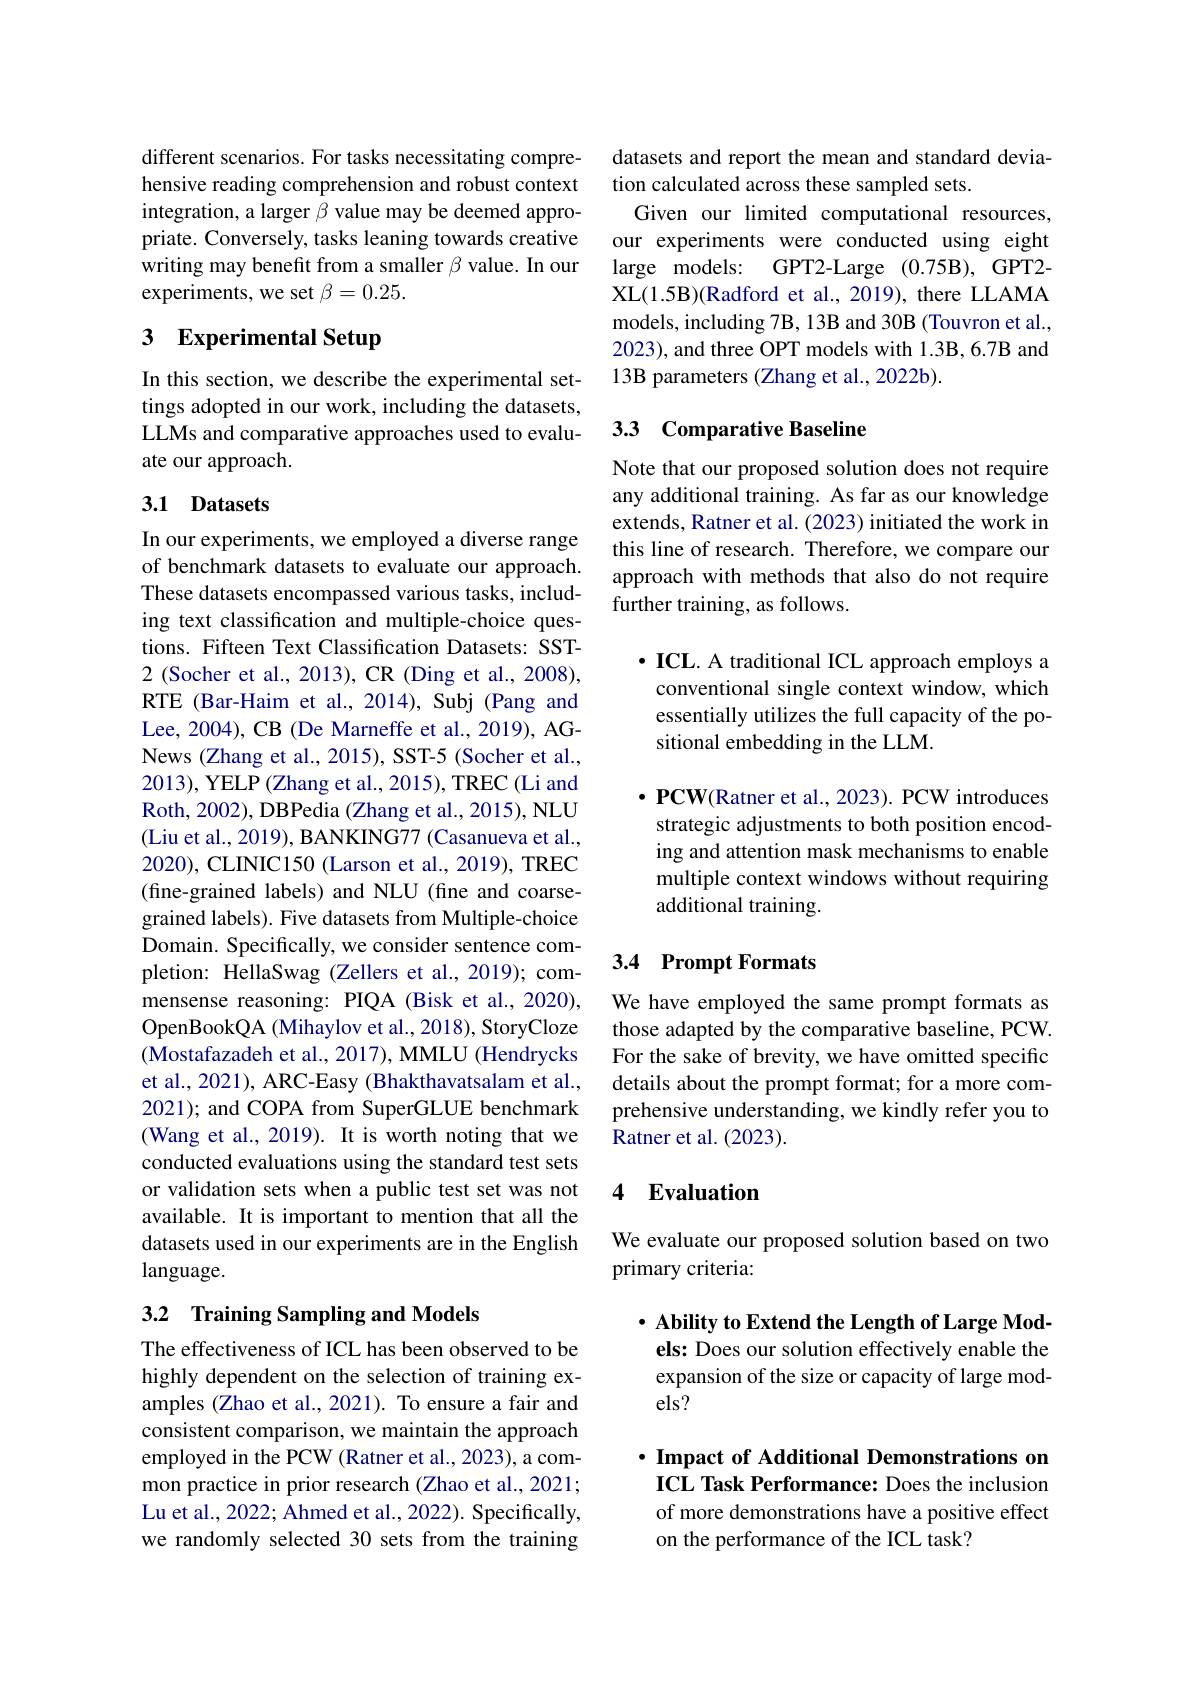
different scenarios. For tasks necessitating comprehensive reading comprehension and robust context integration, a larger $\beta$ value may be deemed appropriate. Conversely, tasks leaning towards creative writing may benefit from a smaller $\beta$ value. In our experiments, we set $\beta=0.25.$

## 3 Experimental Setup

In this section, we describe the experimental settings adopted in our work, including the datasets, LLMs and comparative approaches used to evaluate our approach.

## 3.1 Datasets

In our experiments, we employed a diverse range of benchmark datasets to evaluate our approach. These datasets encompassed various tasks, including text classification and multiple-choice questions. Fifteen Text Classification Datasets: SST- 2 (Socher et al., 2013), CR (Ding et al., 2008), RTE (Bar-Haim et al., 2014), Subj (Pang and Lee, 2004), CB (De Marneffe et al., 2019), AGNews (Zhang et al., 2015), SST-5 (Socher et al., 2013), YELP (Zhang et al., 2015), TREC (Li and Roth, 2002), DBPedia (Zhang et al., 2015), NLU (Liu et al., 2019), BANKING77 (Casanueva et al., 2020), CLINIC150 (Larson et al., 2019), TREC (fine-grained labels) and NLU (fine and coarsegrained labels). Five datasets from Multiple-choice Domain. Specifically, we consider sentence completion: HellaSwag (Zellers et al., 2019); commensense reasoning: PIQA (Bisk et al., 2020), OpenBookQA (Mihaylov et al., 2018), StoryCloze (Mostafazadeh et al., 2017), MMLU (Hendrycks et al., 2021), ARC-Easy (Bhakthavatsalam et al., 2021); and COPA from SuperGLUE benchmark (Wang et al., 2019). It is worth noting that we conducted evaluations using the standard test sets or validation sets when a public test set was not available. It is important to mention that all the datasets used in our experiments are in the English language.

## 3.2 Training Sampling and Models

The effectiveness of ICL has been observed to be highly dependent on the selection of training examples (Zhao et al., 2021). To ensure a fair and consistent comparison, we maintain the approach employed in the PCW (Ratner et al.,2023), a common practice in prior research (Zhao et al., 2021; Lu et al., 2022; Ahmed et al., 2022). Specifically, we randomly selected 30 sets from the training

datasets and report the mean and standard devia-
tion calculated across these sampled sets.
Given our limited computational resources, our experiments were conducted using eight large models: GPT2-Large (0.75B), GPT2- XL(1.5B)(Radford et al., 2019), there LLAMA models, including 7B, 13B and 30B (Touvron et al., 2023), and three OPT models with 1.3B, 6.7B and 13B parameters (Zhang et al., 2022b).

### 3.3 Comparative Baseline

Note that our proposed solution does not require any additional training. As far as our knowledge extends, Ratner et al. (2023) initiated the work in this line of research. Therefore, we compare our approach with methods that also do not require further training, as follows.

$• \textbf{ICL. A traditional ICL approach employs a}$ conventional single context window, which essentially utilizes the full capacity of the positional embedding in the LLM.

$\bullet\mathbf{PCW}($Ratner et al., 2023). PCW introduces strategic adjustments to both position encoding and attention mask mechanisms to enable multiple context windows without requiring additional training.

## 3.4 Prompt Formats

We have employed the same prompt formats as those adapted by the comparative baseline, PCW. For the sake of brevity, we have omitted specific details about the prompt format; for a more comprehensive understanding, we kindly refer you to Ratner et al. (2023).

### 4 Evaluation

We evaluate our proposed solution based on two
primary criteria:

$\bullet$ Ability to Extend the Length of Large Models: Does our solution effectively enable the expansion of the size or capacity of large models?

$\cdot \textbf{ Impact of Additional Demonstrations on}$ ICL Task Performance: Does the inclusion

of more demonstrations have a positive effect
on the performance of the ICL task?